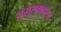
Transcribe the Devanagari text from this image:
सुरासमहारम